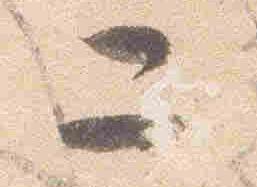
二